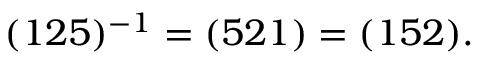
( 1 2 5 ) ^ { - 1 } = ( 5 2 1 ) = ( 1 5 2 ) .